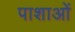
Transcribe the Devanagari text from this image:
पाशाओं